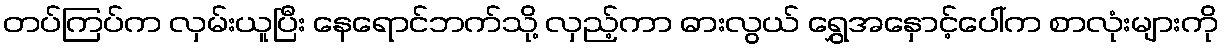
တပ်ကြပ်က လှမ်းယူပြီး နေရောင်ဘက်သို့ လှည့်ကာ ဓားလွယ် ရွှေအနှောင့်ပေါ်က စာလုံးများကို